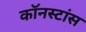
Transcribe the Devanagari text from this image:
कॉनस्टांस